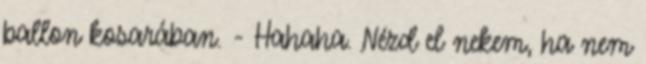
ballon kosarában. - Hahaha. Nézd el nekem, ha nem